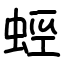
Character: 蛵